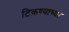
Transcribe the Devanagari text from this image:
टिकण्याच्या